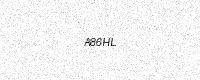
Text: A86HL